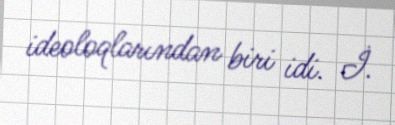
ideoloqlarından biri idi. İ.